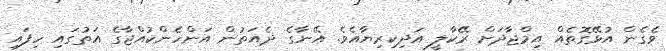
ވެގެން އުޅޭގޮތެއް އިމްޖާދަށް ރޭކާލީ އަދިކިރިޔާއެވެ. އޭނާގެ ދެއަތުން އަންހެންކުއްޖާގެ އަތުގައި ހިފައި